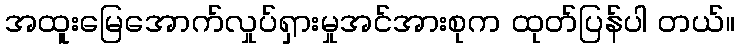
အထူးမြေအောက်လှုပ်ရှားမှုအင်အားစုက ထုတ်ပြန်ပါ တယ်။